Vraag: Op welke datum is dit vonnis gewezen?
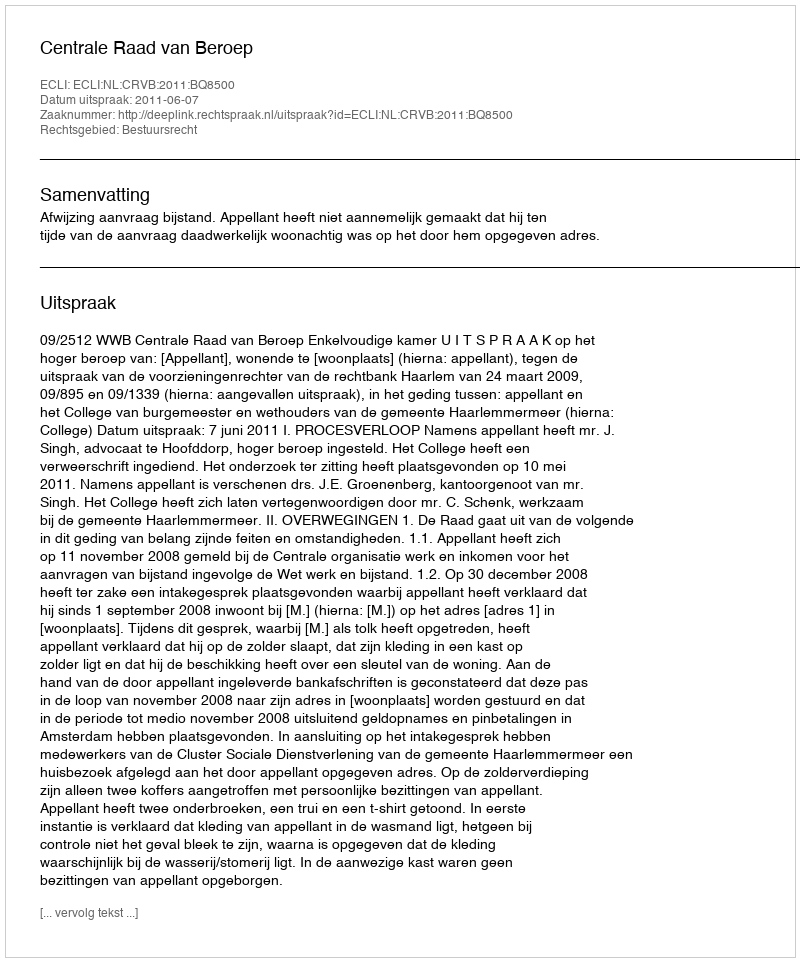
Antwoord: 2011-06-07